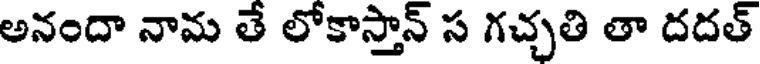
అనందా నామ తే లోకాస్తాన్ స గచ్చతి తా దదత్